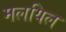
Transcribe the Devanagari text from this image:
मलयिल